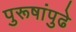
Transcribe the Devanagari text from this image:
पुरूषांपुढे